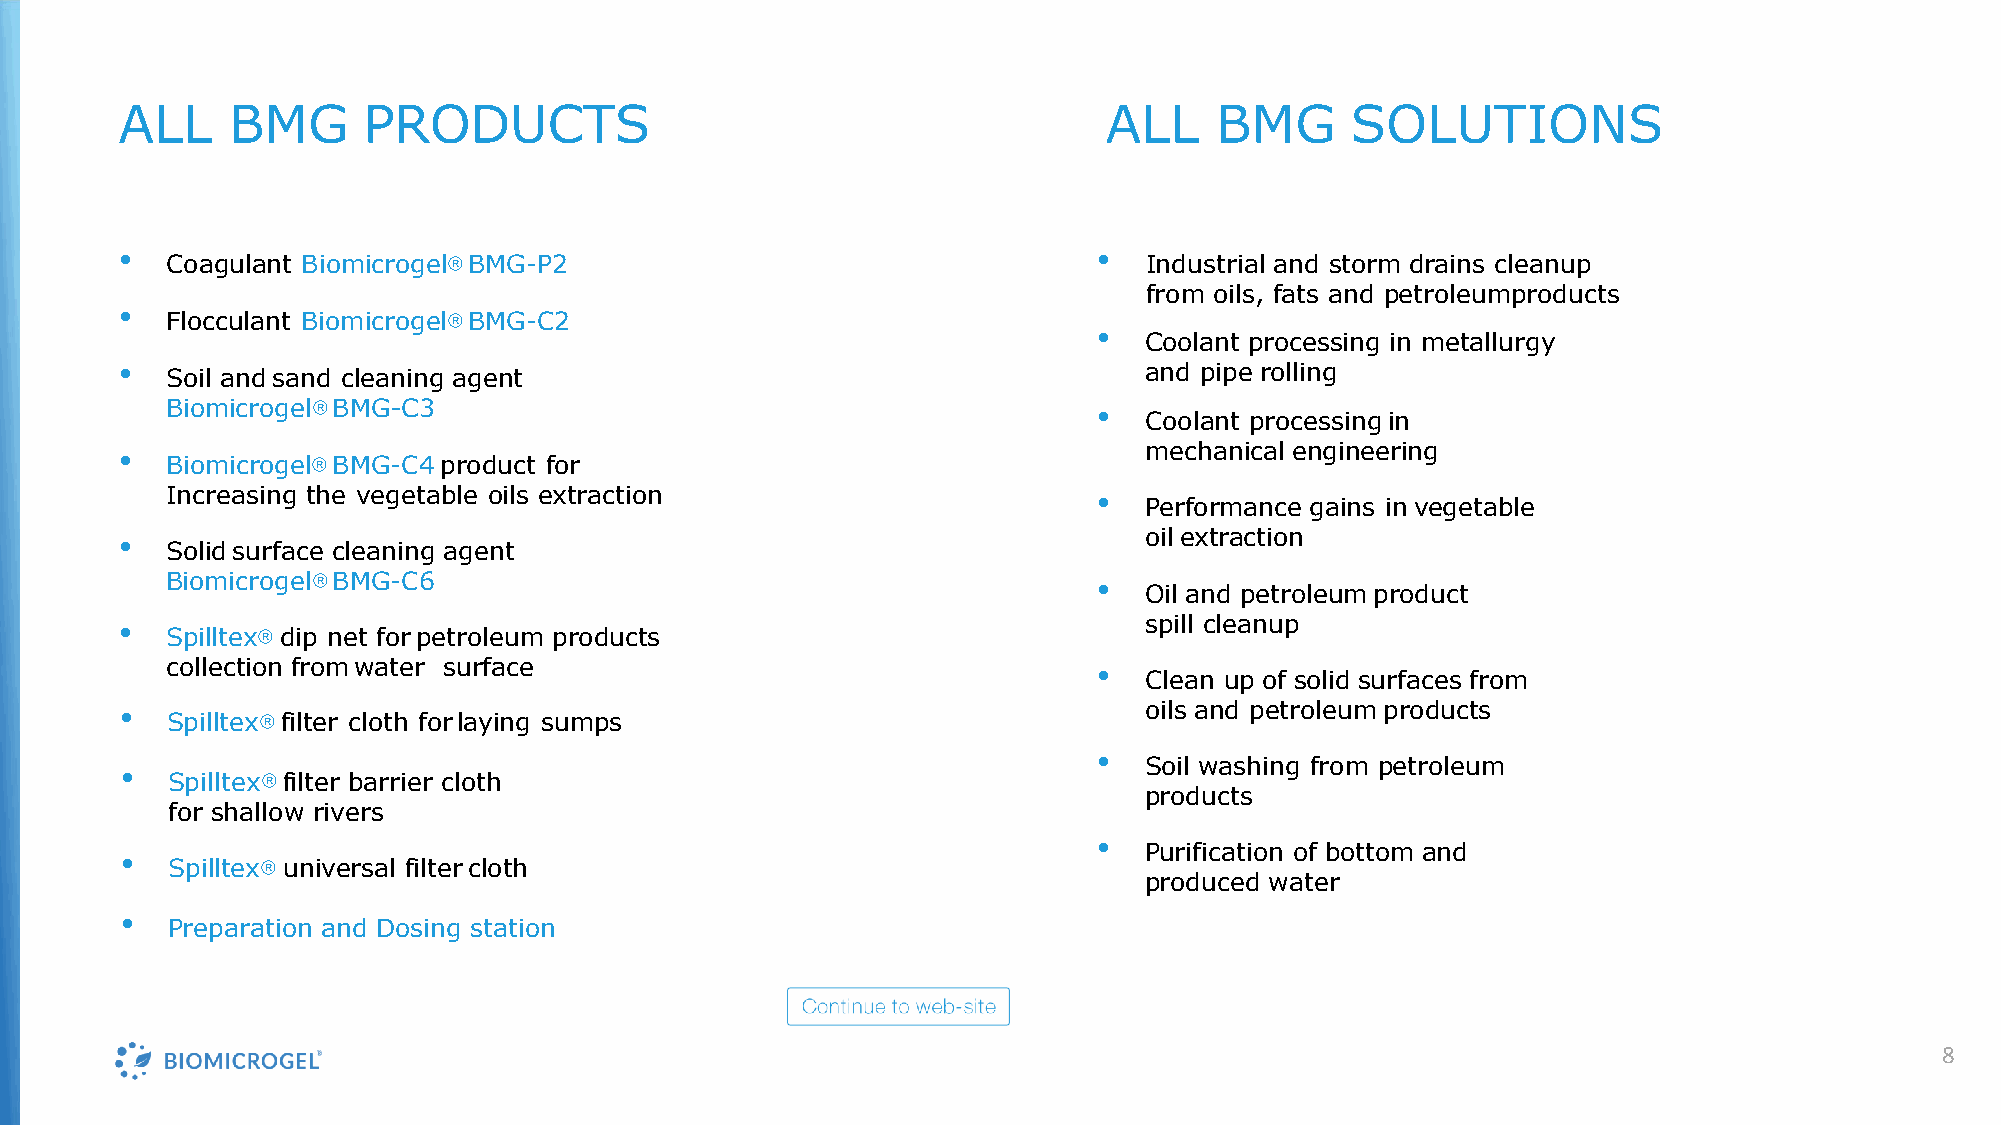
ALL    BMG      PRODUCTS                                         ALL    BMG      SOLUTIONS
 •                                                                •
 Coagulant Biomicrogel®BMG-P2                                     Industrial and storm drains cleanup
 from oils, fats and petroleumproducts
 •
 Flocculant Biomicrogel®BMG-C2
 •
 Coolant processing in metallurgy
 •  Soil andsand cleaning agent                                      and pipe rolling
 Biomicrogel®BMG-C3                                            •
 Coolant processingin
 •                                                                   mechanical engineering
 Biomicrogel®BMG-C4product for
 Increasing the vegetable oils extraction                      •
 Performance gains invegetable
 •                                                                   oil extraction
 Solidsurface cleaning agent
 Biomicrogel®BMG-C6                                            •
 Oil and petroleumproduct
 •                                                                   spill cleanup
 Spilltex®dip net forpetroleum products
 collection fromwater surface                                  •
 Clean up of solid surfaces from
 •                                                                   oils and petroleumproducts
 Spilltex®filter cloth forlaying sumps
 •
 •                                                                   Soil washing from petroleum
 Spilltex® filter barrier cloth
 products
 for shallow rivers
 •
 •                                                                   Purification of bottom and
 Spilltex® universal filtercloth
 produced water
 •
 Preparation and Dosing station
 8